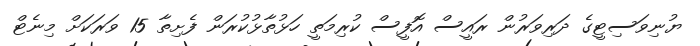
ޔުނިވަސިޓީގެ ދަރިވަރުން ރައީސް އޮފީސް ކުރިމަތީ ހަޅުތާޅުކުރަން ފެށިތާ 15 ވަރަކަށް މިނެޓް